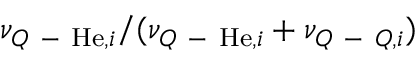
\nu _ { Q \mathrm { ~ - ~ } \mathrm { H e } , i } / ( \nu _ { Q \mathrm { ~ - ~ } \mathrm { H e } , i } + \nu _ { Q \mathrm { ~ - ~ } Q , i } )